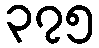
၃၇၅